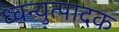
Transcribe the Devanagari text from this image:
ध्वन्युत्पादक